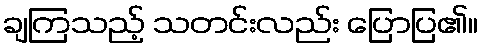
ချကြသည့် သတင်းလည်း ပြောပြ၏။